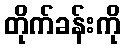
တိုက်ခန်းကို